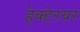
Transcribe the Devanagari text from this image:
हेक्टेरयर